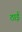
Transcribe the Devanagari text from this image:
ठाईं